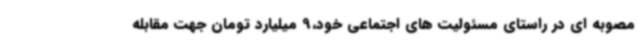
مصوبه ای در راستای مسئولیت های اجتماعی خود،9 میلیارد تومان جهت مقابله